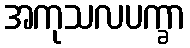
အကုသလပက္ခာ